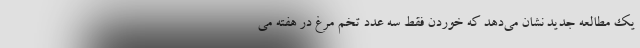
یک مطالعه جدید نشان می‌دهد که خوردن فقط سه عدد تخم مرغ در هفته می